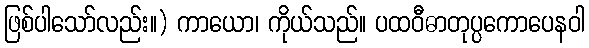
ဖြစ်ပါသော်လည်း။) ကာယော၊ ကိုယ်သည်။ ပထဝီဓာတုပ္ပကောပေနဝါ